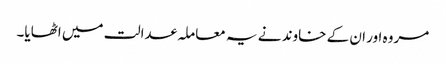
مروہ اور ان کے خاوند نے یہ معاملہ عدالت میں اٹھایا۔